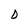
Character: D